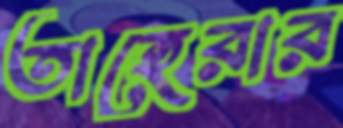
তাহেরার